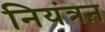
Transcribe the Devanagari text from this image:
नियंत्रऩ